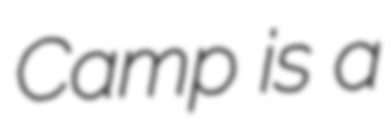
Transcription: Camp is a